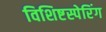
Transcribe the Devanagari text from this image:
विशिष्टस्पेरिंग